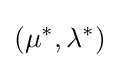
(\mu ^{*},\lambda ^{*})